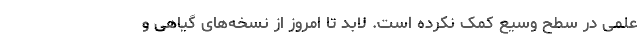
علمی در سطح وسیع کمک نکرده است. لابد تا امروز از نسخه‌های گیاهی و